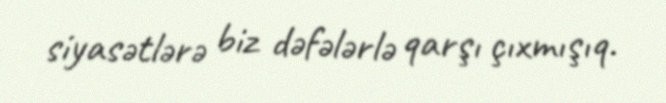
siyasətlərə biz dəfələrlə qarşı çıxmışıq.